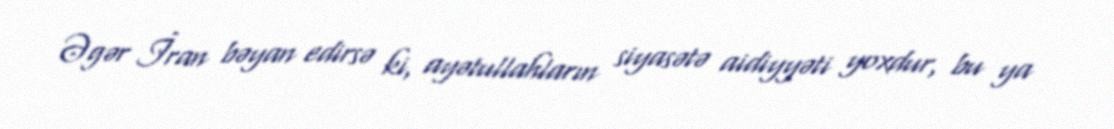
Əgər İran bəyan edirsə ki, ayətullahların siyasətə aidiyyəti yoxdur, bu ya